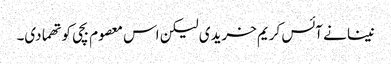
نینا نے آئس کریم خریدی لیکن اس معصوم بچی کو تھما دی۔